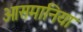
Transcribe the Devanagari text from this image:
ओसमानिया